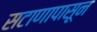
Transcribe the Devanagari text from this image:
सटाणापासून